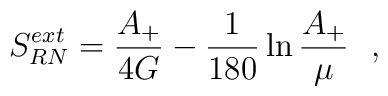
S_{RN}^{ext}={A_+\over 4G}-{1\over 180} \ln {A_+\over \mu}~~,